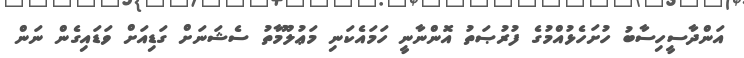
އަންދާސީހިސާބު ހުށަހެޅުއްމުގެ ފުރުޞަތު އޮންނާނީ ހަމައެކަނި މަޢުލޫމާތު ސެޝަނަށް ގަޑިއަށް ވަޑައިގެން ނަން